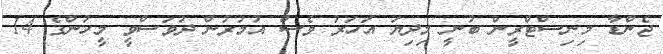
ޖެންޑާ މިނިސްޓްރީން ބުނީ މިދިޔަ އަހަރު ވެސް އުމުރުން ދުވަސްވީ މީހުންގެ 14